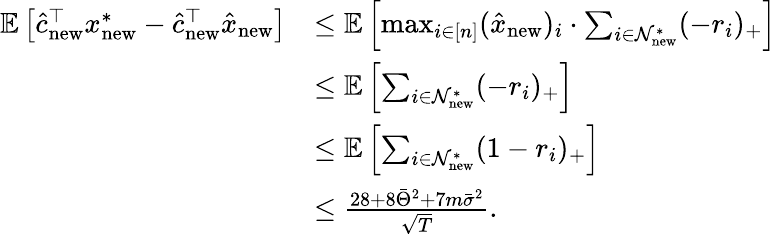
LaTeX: \begin{array}{rl}{\mathbb{E}\left[\hat{c}_{\mathrm{new}}^{\top}x_{\mathrm{new}}^{*}-\hat{c}_{\mathrm{new}}^{\top}\hat{x}_{\mathrm{new}}\right]}&{\leq\mathbb{E}\left[\operatorname*{max}_{i\in[n]}(\hat{x}_{\mathrm{new}})_{i}\cdot\sum_{i\in\mathcal{N}_{\mathrm{new}}^{*}}(-r_{i})_{+}\right]}\\ &{\leq\mathbb{E}\left[\sum_{i\in\mathcal{N}_{\mathrm{new}}^{*}}(-r_{i})_{+}\right]}\\ &{\leq\mathbb{E}\left[\sum_{i\in\mathcal{N}_{\mathrm{new}}^{*}}(1-r_{i})_{+}\right]}\\ &{\leq\frac{28+8\bar{\Theta}^{2}+7m\bar{\sigma}^{2}}{\sqrt{T}}.}\end{array}